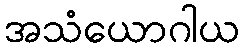
အသံယောဂါယ